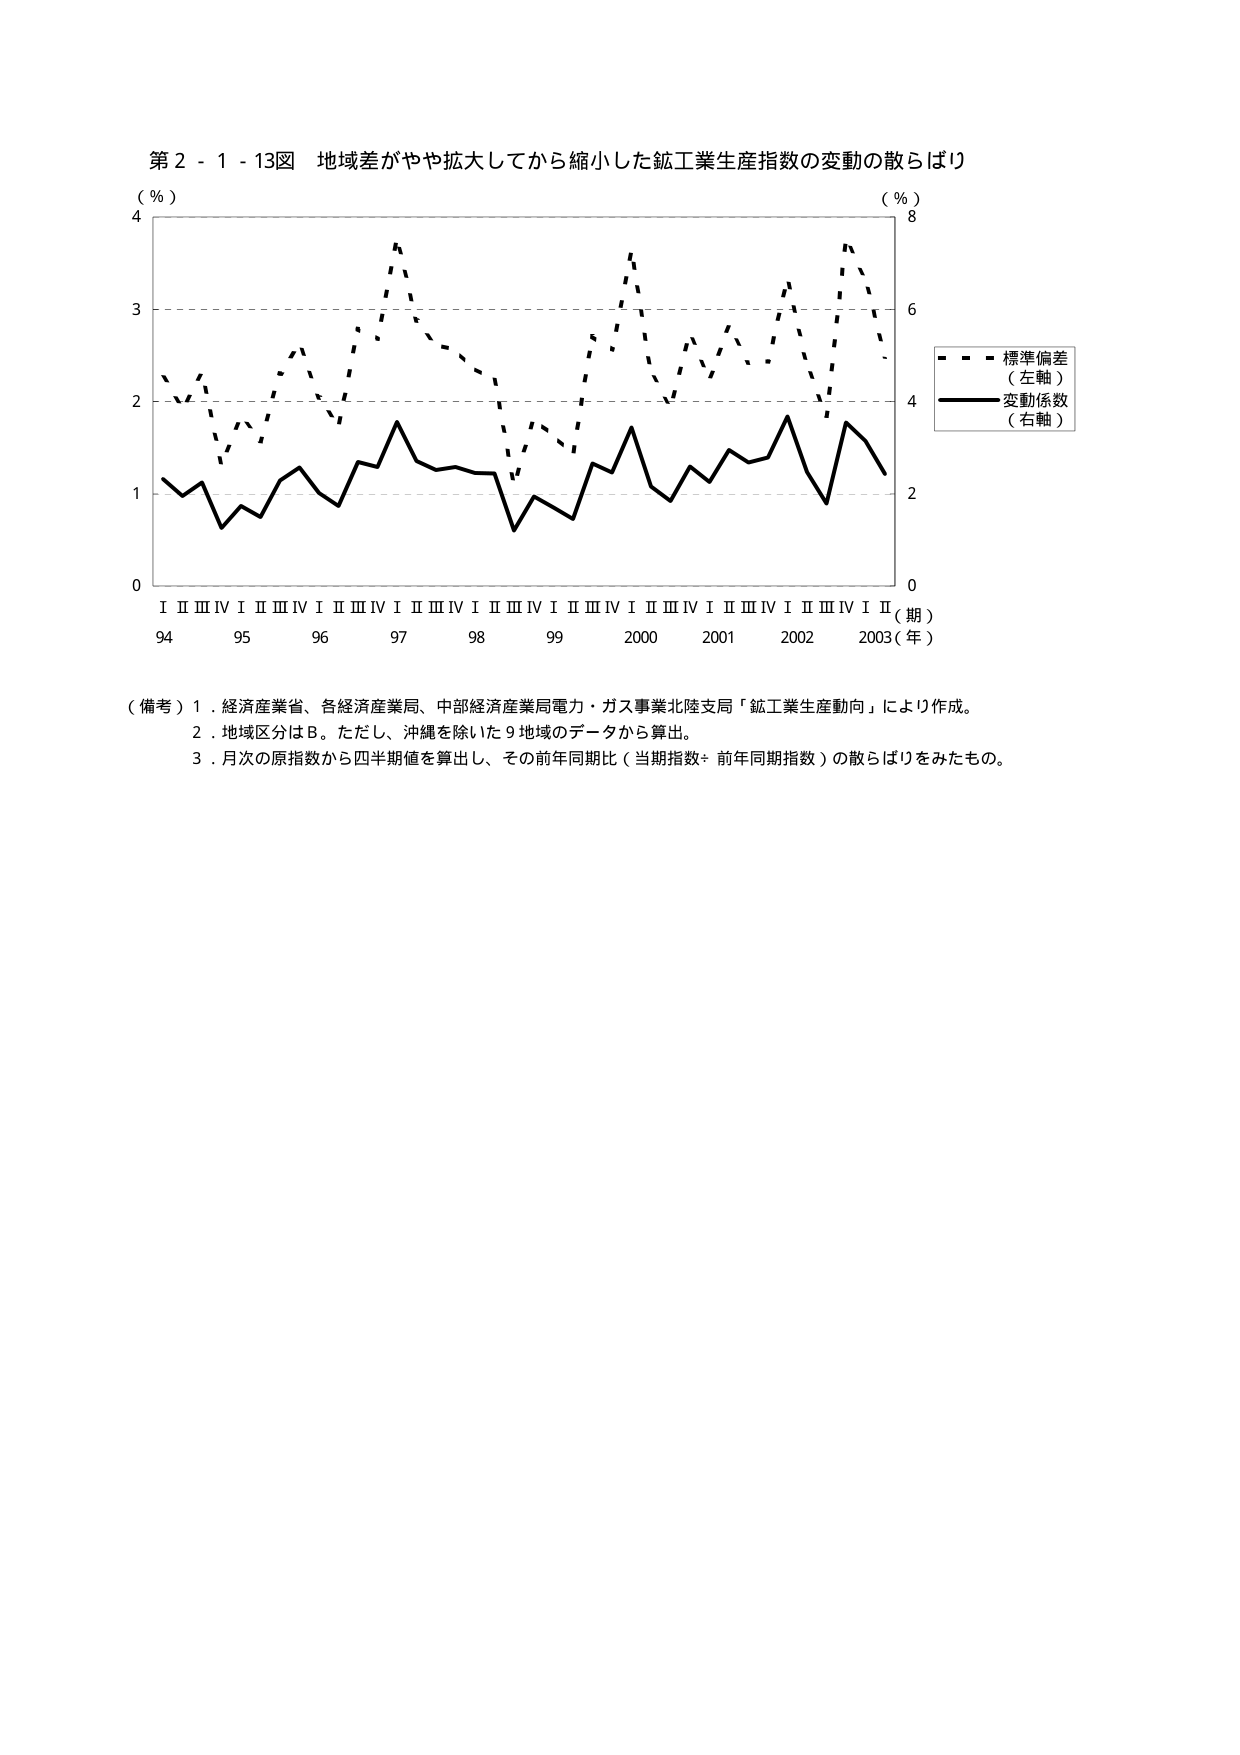
第２－１－１３図 地域差がやや拡大してから縮小した鉱工業生産指数の変動の散らばり

（％）
4
3
2
1
0

（％）
8
6
4
2
0

Ｉ Ⅱ Ⅲ Ⅳ Ｉ Ⅱ Ⅲ Ⅳ Ｉ Ⅱ Ⅲ Ⅳ Ｉ Ⅱ Ⅲ Ⅳ Ｉ Ⅱ Ⅲ Ⅳ Ｉ Ⅱ Ⅲ Ⅳ Ｉ Ⅱ Ⅲ Ⅳ Ｉ Ⅱ
94 95 96 97 98 99 2000 2001 2002 2003（年）

（期）

－－－ 標準偏差
（左軸）
――― 変動係数
（右軸）

（備考）１．経済産業省、各経済産業局、中部経済産業局電力・ガス事業北陸支局「鉱工業生産動向」により作成。
　　　２．地域区分はＢ。ただし、沖縄を除いた９地域のデータから算出。
　　　３．月次の原指数から四半期値を算出し、その前年同期比（当期指数÷前年同期指数）の散らばりをみたもの。